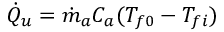
\begin{array} { r } { { \dot { Q } } _ { u } = { \dot { m } } _ { a } C _ { a } ( T _ { f 0 } - T _ { f i } ) } \end{array}